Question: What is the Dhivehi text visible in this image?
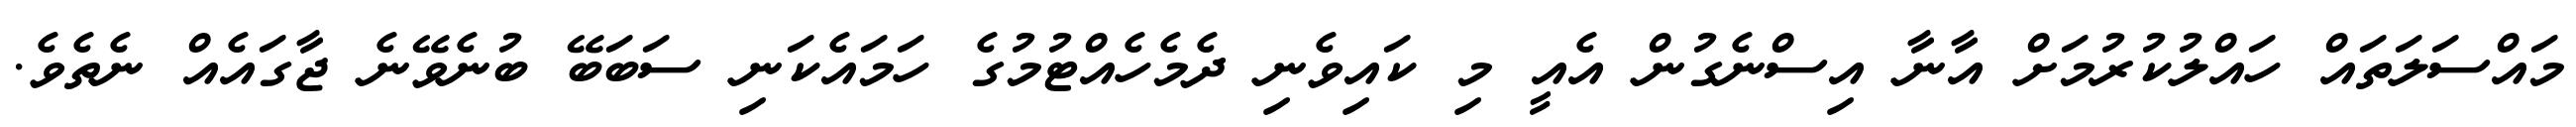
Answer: މައްސަލަތައް ހައްލުކުރުމަށް އާނާ އިސްނެގުން އެއީ މި ކައިވެނި ދެމެހެއްޓުމުގެ ހަމައެކަނި ސަބަބޭ ބުނެވޭނެ ޖާގައެއް ނެތެވެ.